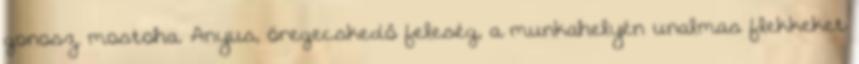
gonosz mostoha. Anyus, öregecskedő feleség, a munkahelyén unalmas flekkeket